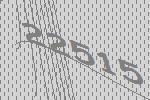
22515